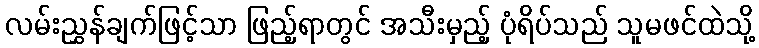
လမ်းညွှန်ချက်ဖြင့်သာ ဖြည့်ရာတွင် အသီးမှည့် ပုံရိပ်သည် သူမဖင်ထဲသို့